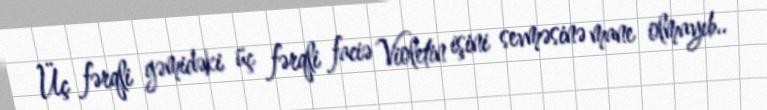
Üç fərqli gəmidəki üç fərqli faciə Violetin işini sevməsinə mane olmayıb..